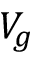
V _ { g }